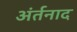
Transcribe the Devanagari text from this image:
अंर्तनाद